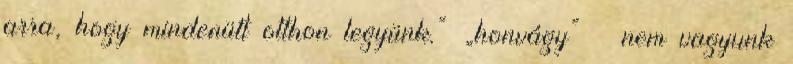
arra, hogy mindenütt otthon legyünk.” „honvágy” – nem vagyunk